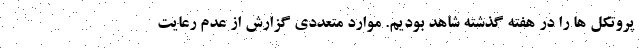
پروتکل ها را در هفته گذشته شاهد بودیم. موارد متعددی گزارش از عدم رعایت